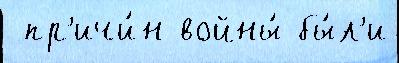
 пр'ичи́н войны́ бы́л'и